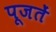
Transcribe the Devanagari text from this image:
पूजतें